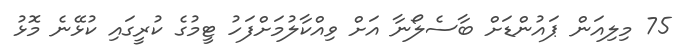
75 މިލިއަން ޕައުންޑަށް ބާސެލޯނާ އަށް ވިއްކާލުމަށްފަހު ޓީމުގެ ކުރީގައި ކުޅޭނެ މޮޅު